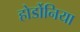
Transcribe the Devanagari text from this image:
होर्डोनिया